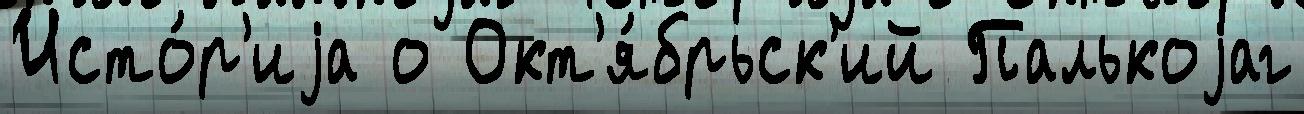
Исто́р'иjа о Окт'я́брьск'ий Палькоjаг